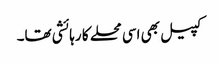
کپیل بھی اسی محلے کا رہائشی تھا۔